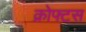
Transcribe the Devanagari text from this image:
क्रोफ्टस